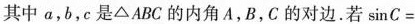
其中a，b，c是△ABC的内角A，B，C的对边。若sinC=